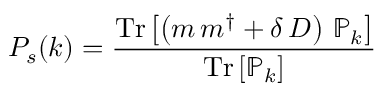
P _ { s } ( k ) = { \frac { \mathrm { T r } \left[ \left( m \, m ^ { \dagger } + \delta \, D \right) \, \mathbb { P } _ { k } \right] } { \mathrm { T r } \left[ \mathbb { P } _ { k } \right] } }